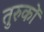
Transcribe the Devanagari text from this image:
तुरुकों